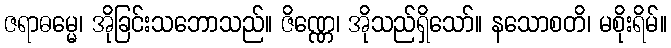
ဇရာဓမ္မေ၊ အိုခြင်းသဘောသည်။ ဇိဏ္ဏေ၊ အိုသည်ရှိသော်။ နသောစတိ၊ မစိုးရိမ်။